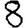
Digit: 8